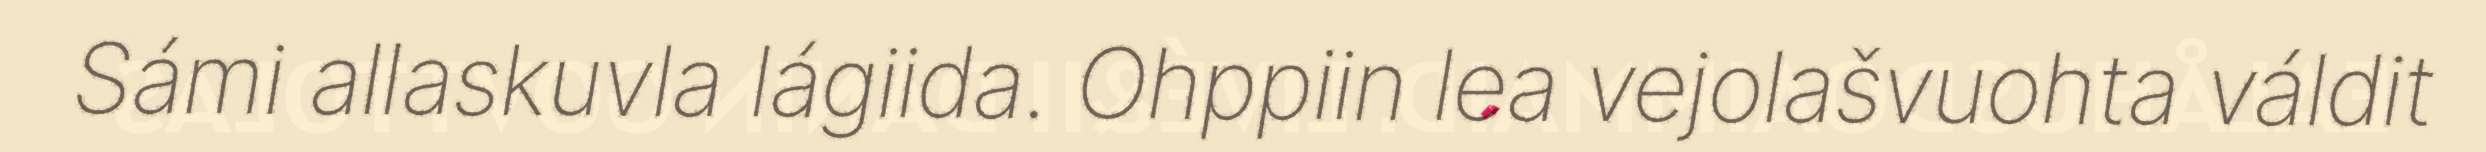
Sámi allaskuvla lágiida. Ohppiin lea vejolašvuohta váldit